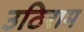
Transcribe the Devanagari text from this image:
उठिराम